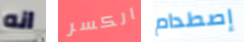
انه الكسر إصطدام